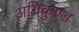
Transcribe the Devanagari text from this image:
अग्निकुण्ड